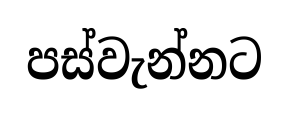
පස්වැන්නට